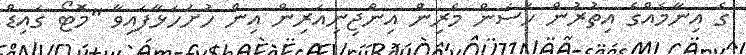
ގެ އިނާމެއްގެ އިތުރުން ހަސަން މެރިން އިންޖިނިއަރިން އިން ހުށަހަޅާފައިވާ "މޮޓޯ ގައިޑް